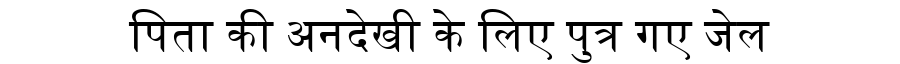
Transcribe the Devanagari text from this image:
पिता की अनदेखी के लिए पुत्र गए जेल